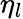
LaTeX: \eta_{l}